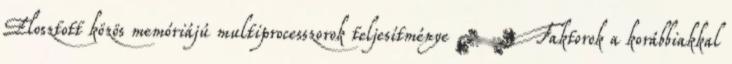
Elosztott közös memóriájú multiprocesszorok teljesítménye ● Faktorok a korábbiakkal